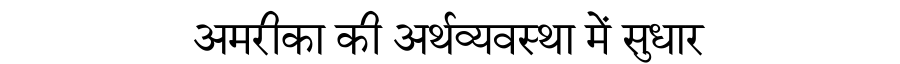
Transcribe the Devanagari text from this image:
अमरीका की अर्थव्यवस्था में सुधार